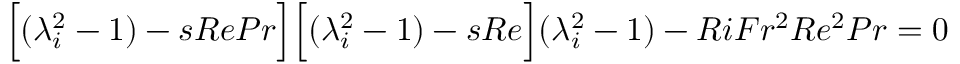
\Big [ ( \lambda _ { i } ^ { 2 } - 1 ) - s R e P r \Big ] \Big [ ( \lambda _ { i } ^ { 2 } - 1 ) - s R e \Big ] ( \lambda _ { i } ^ { 2 } - 1 ) - R i F r ^ { 2 } R e ^ { 2 } P r = 0